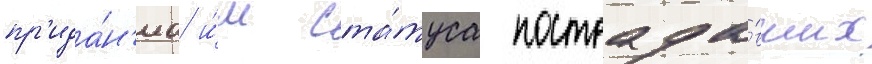
пр'ида́н'иа и́м ста́туса пострада́вших